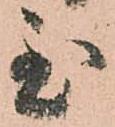
至